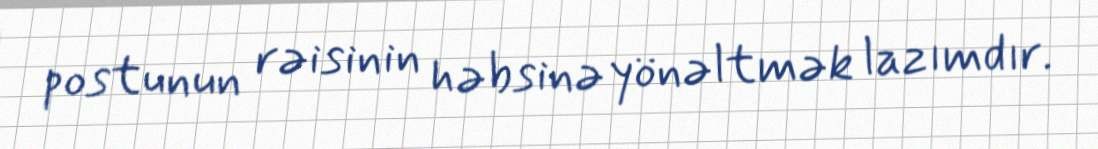
postunun rəisinin həbsinə yönəltmək lazımdır.